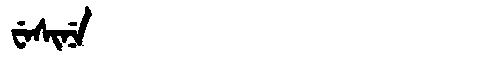
Manchu: ᠸᡝᠰᡳᠨᡝ
Romanization: WESINE